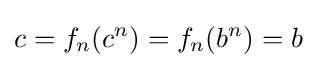
c=f_{n}(c^{n})=f_{n}(b^{n})=b